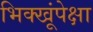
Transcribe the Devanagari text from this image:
भिक्खूंपेक्षा